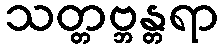
သတ္တဗ္ဘန္တရာ